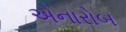
એનારોબ